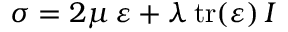
\, \, { \boldsymbol { \sigma } } = 2 \mu \, { \boldsymbol { \varepsilon } } + \lambda \, { \mathrm { t r } } ( { \boldsymbol { \varepsilon } } ) \, { \boldsymbol { I } } \,